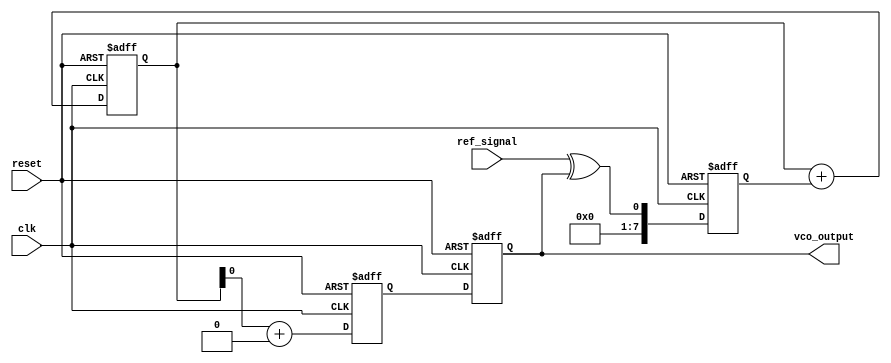
module CTPLL (
    input wire clk,                  // System clock
    input wire reset,                // Reset signal
    input wire ref_signal,           // Reference signal input
    output wire vco_output           // VCO output frequency
);

// Parameters for the design
parameter PHASE_DETECTOR_WIDTH = 8;
parameter LOOP_FILTER_WIDTH = 16;
parameter VCO_WIDTH = 16;

// Internal signals
reg [PHASE_DETECTOR_WIDTH-1:0] phase_error;       // Phase error signal
reg [LOOP_FILTER_WIDTH-1:0] control_voltage;        // Control voltage for VCO
reg [VCO_WIDTH-1:0] vco_frequency;                  // Current frequency of VCO
reg [VCO_WIDTH-1:0] vco_output_reg;                 // VCO output register

// Phase Detector (PD)
always @(posedge clk or posedge reset) begin
    if (reset) begin
        phase_error <= 0;
    end else begin
        // Simple phase detection logic (XOR for example)
        phase_error <= ref_signal ^ vco_output_reg[0]; // Example phase comparison
    end
end

// Loop Filter (LF) - Simple integrator for demonstration
always @(posedge clk or posedge reset) begin
    if (reset) begin
        control_voltage <= 0;
    end else begin
        // Simple first-order loop filter
        control_voltage <= control_voltage + phase_error; // Integrate phase error
    end
end

// Voltage-Controlled Oscillator (VCO)
always @(posedge clk or posedge reset) begin
    if (reset) begin
        vco_frequency <= 0;
        vco_output_reg <= 0;
    end else begin
        // Update VCO frequency based on control voltage
        vco_frequency <= control_voltage[LOOP_FILTER_WIDTH-1:LOOP_FILTER_WIDTH-VCO_WIDTH] + 16'h1000; // Example tuning
        vco_output_reg <= vco_frequency; // Update VCO output
    end
end

// Assign VCO output to the output port
assign vco_output = vco_output_reg;

endmodule